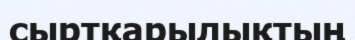
сыртқарылықтың